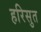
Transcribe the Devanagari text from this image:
हरिसुत